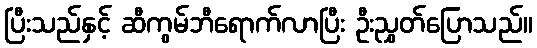
ပြီးသည်နှင့် ဆီကွမ်ဘီရောက်လာပြီး ဦးညွှတ်ပြောသည်။